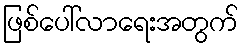
ဖြစ်ပေါ်လာရေးအတွက်